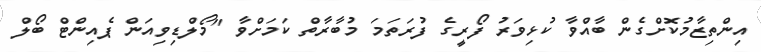
އިންތިޒާމުކޮށްގެން ބާއްވާ ކުޅިވަރު ފޯރީގެ ފުރަތަމަ މުބާރާތް ކަމަށްވާ "މޯލްޑިވިއަން ޕެއިންޓް ބޯލް